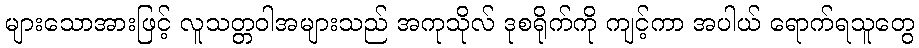
များသောအားဖြင့် လူသတ္တဝါအများသည် အကုသိုလ် ဒုစရိုက်ကို ကျင့်ကာ အပါယ် ရောက်ရသူတွေ